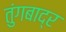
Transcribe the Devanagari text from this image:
तुंगबाद्र